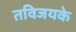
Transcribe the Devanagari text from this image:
तविजयके